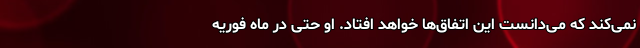
نمی‌کند که می‌دانست این اتفاق‌ها خواهد افتاد. او حتی در ماه فوریه